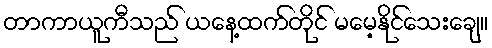
တာကာယူကီသည် ယနေ့ထက်တိုင် မမေ့နိုင်သေးချေ။